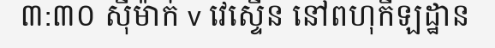
៣:៣០ ស៊ីម៉ាក់ v វេស្ទើន នៅពហុកីឡដ្ឋាន